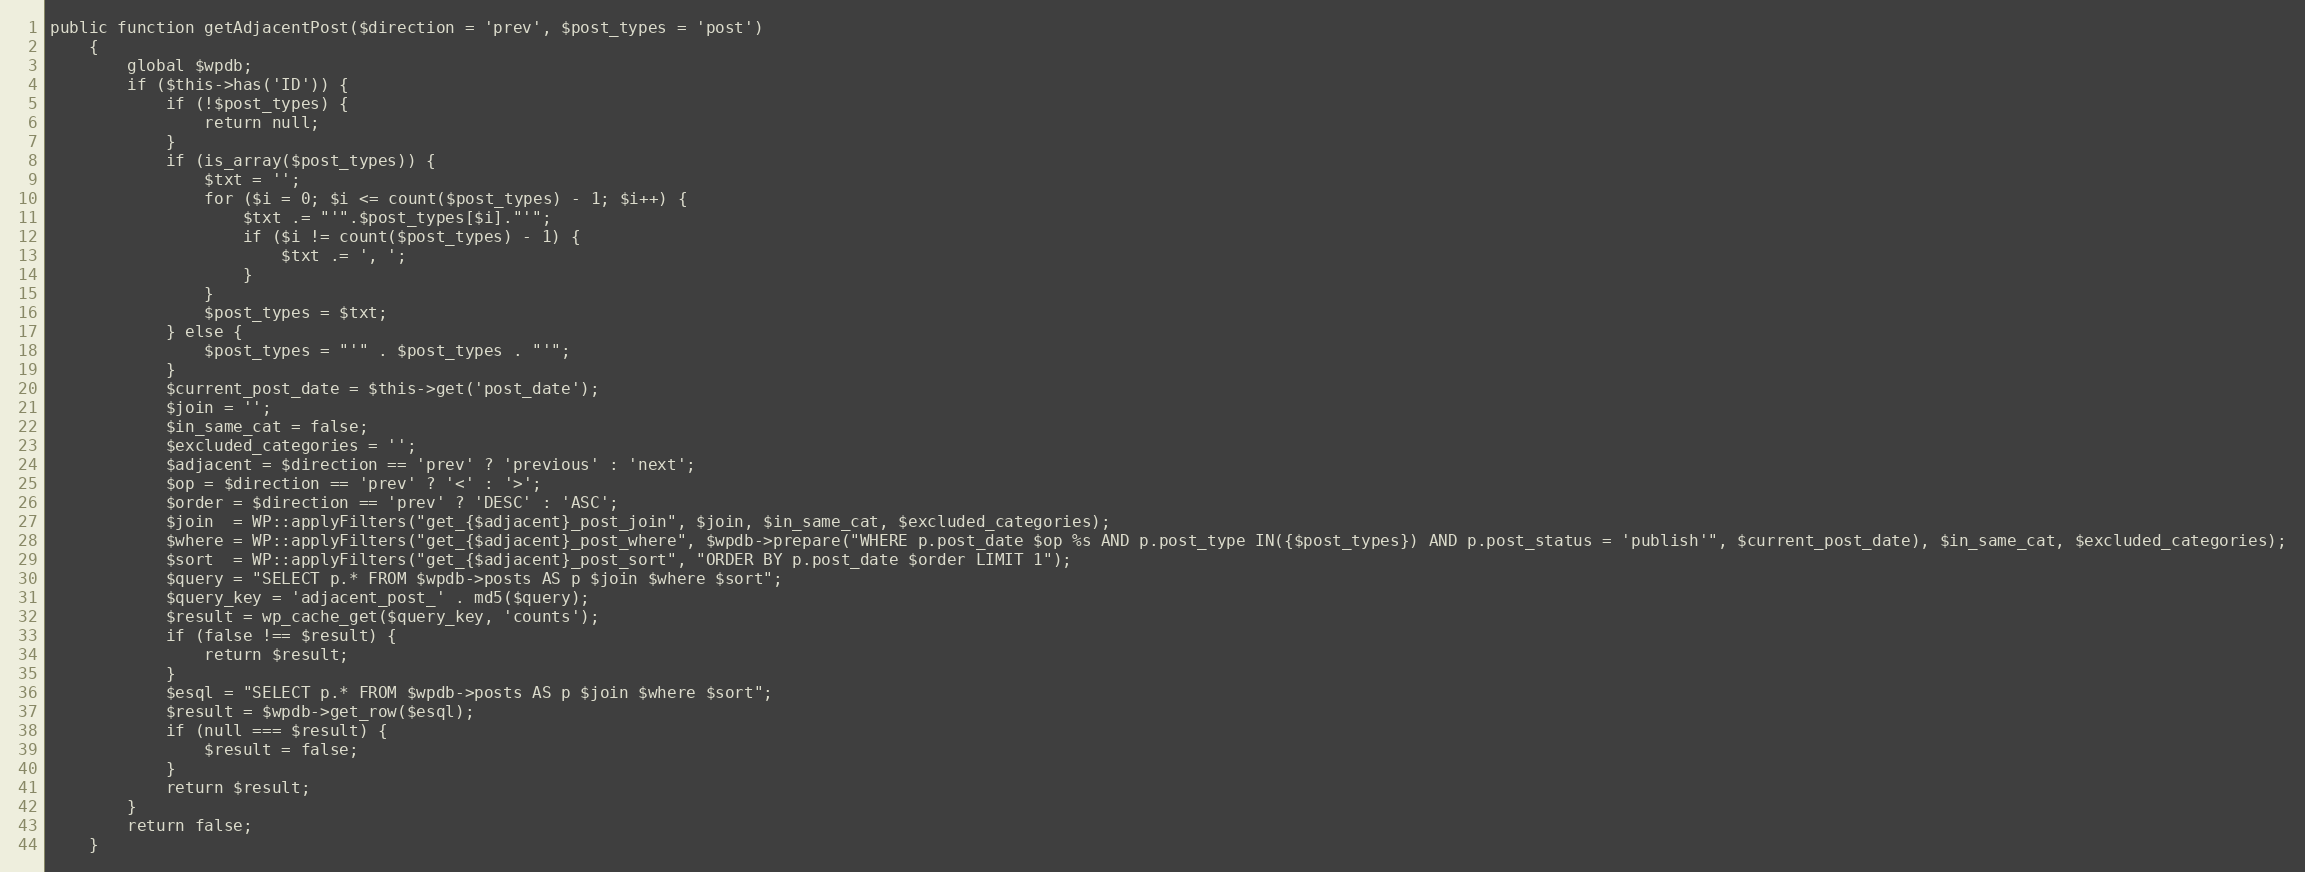
Language: PHP
public function getAdjacentPost($direction = 'prev', $post_types = 'post')
    {
        global $wpdb;
        if ($this->has('ID')) {
            if (!$post_types) {
                return null;
            }
            if (is_array($post_types)) {
                $txt = '';
                for ($i = 0; $i <= count($post_types) - 1; $i++) {
                    $txt .= "'".$post_types[$i]."'";
                    if ($i != count($post_types) - 1) {
                        $txt .= ', ';
                    }
                }
                $post_types = $txt;
            } else {
                $post_types = "'" . $post_types . "'";
            }
            $current_post_date = $this->get('post_date');
            $join = '';
            $in_same_cat = false;
            $excluded_categories = '';
            $adjacent = $direction == 'prev' ? 'previous' : 'next';
            $op = $direction == 'prev' ? '<' : '>';
            $order = $direction == 'prev' ? 'DESC' : 'ASC';
            $join  = WP::applyFilters("get_{$adjacent}_post_join", $join, $in_same_cat, $excluded_categories);
            $where = WP::applyFilters("get_{$adjacent}_post_where", $wpdb->prepare("WHERE p.post_date $op %s AND p.post_type IN({$post_types}) AND p.post_status = 'publish'", $current_post_date), $in_same_cat, $excluded_categories);
            $sort  = WP::applyFilters("get_{$adjacent}_post_sort", "ORDER BY p.post_date $order LIMIT 1");
            $query = "SELECT p.* FROM $wpdb->posts AS p $join $where $sort";
            $query_key = 'adjacent_post_' . md5($query);
            $result = wp_cache_get($query_key, 'counts');
            if (false !== $result) {
                return $result;
            }
            $esql = "SELECT p.* FROM $wpdb->posts AS p $join $where $sort";
            $result = $wpdb->get_row($esql);
            if (null === $result) {
                $result = false;
            }
            return $result;
        }
        return false;
    }